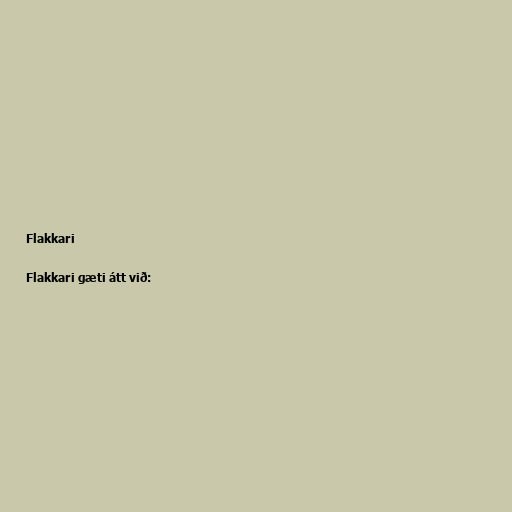
Flakkari

Flakkari gæti átt við: